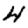
Digit: 4